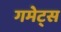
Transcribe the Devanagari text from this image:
गमेट्स